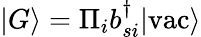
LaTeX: |G\rangle=\Pi_{i}b_{si}^{\dagger}|\mathrm{vac}\rangle